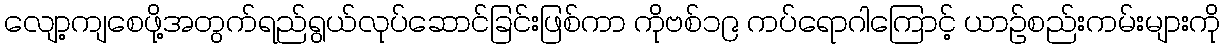
လျော့ကျစေဖို့အတွက်ရည်ရွယ်လုပ်ဆောင်ခြင်းဖြစ်ကာ ကိုဗစ်၁၉ ကပ်ရောဂါကြောင့် ယာဉ်စည်းကမ်းများကို